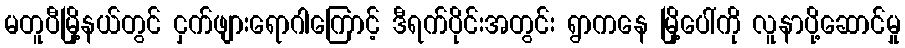
မတူပီမြို့နယ်တွင် ငှက်ဖျားရောဂါကြောင့် ဒီရက်ပိုင်းအတွင်း ရွာကနေ မြို့ပေါ်ကို လူနာပို့ဆောင်မှု